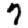
Digit: 7